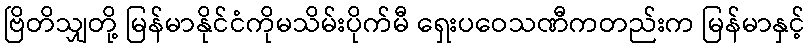
ဗြိတိသျှတို့ မြန်မာနိုင်ငံကိုမသိမ်းပိုက်မီ ရှေးပဝေသဏီကတည်းက မြန်မာနှင့်